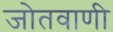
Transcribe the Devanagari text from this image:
जोतवाणी